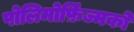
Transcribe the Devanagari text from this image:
पोलिमोर्फ़िज्मको